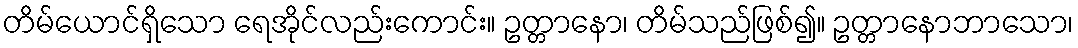
တိမ်ယောင်ရှိသော ရေအိုင်လည်းကောင်း။ ဥတ္တာနော၊ တိမ်သည်ဖြစ်၍။ ဥတ္တာနောဘာသော၊